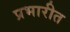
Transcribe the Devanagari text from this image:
प्रभारीत